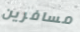
مسافرين